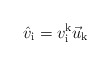
\begin{align*}\hat v_{\mathrm{i}} = v^{\mathrm{k}}_{\mathrm{i}} \vec u_{\mathrm{k}}\end{align*}